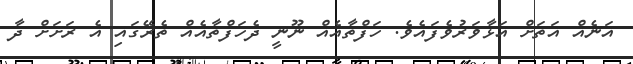
އަނެއް އަތަށް އަޅާވަރުވެފައެވެ. ހަފްތާއެއް ނޫނީ ދެހަފްތާއެއް ތެރޭގައި އެ ރަށަށް ދާ